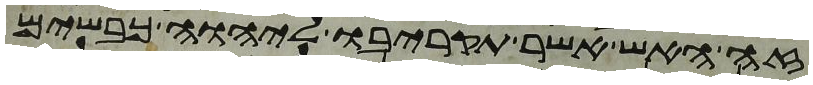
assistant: זה האש אשר תקריבו ליהוה כבשים